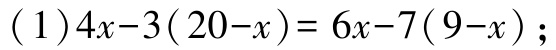
(1)\(4x - 3(20 - x) = 6x - 7(9 - x)\);